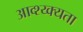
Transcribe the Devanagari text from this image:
आव्श्य्क्यता